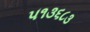
૫૧૩૬૮૩